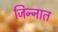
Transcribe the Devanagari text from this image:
जिन्‍नात